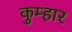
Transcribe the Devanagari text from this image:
कुम्‍हार